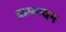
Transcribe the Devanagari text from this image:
क्रमण्यन